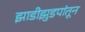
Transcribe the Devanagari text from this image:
झाडीझुडपांतून